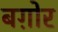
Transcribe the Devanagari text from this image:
बग़ोर